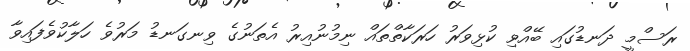
ރަސްމީ ދަނޑުގައި ބޭއްވި ކުޅިވަރު ހަރަކާތްތައް ނިމުނުއިރު އެތަނުގެ ވިނގަނޑު މަރުވެ ހަލާކުވެފައިވާ